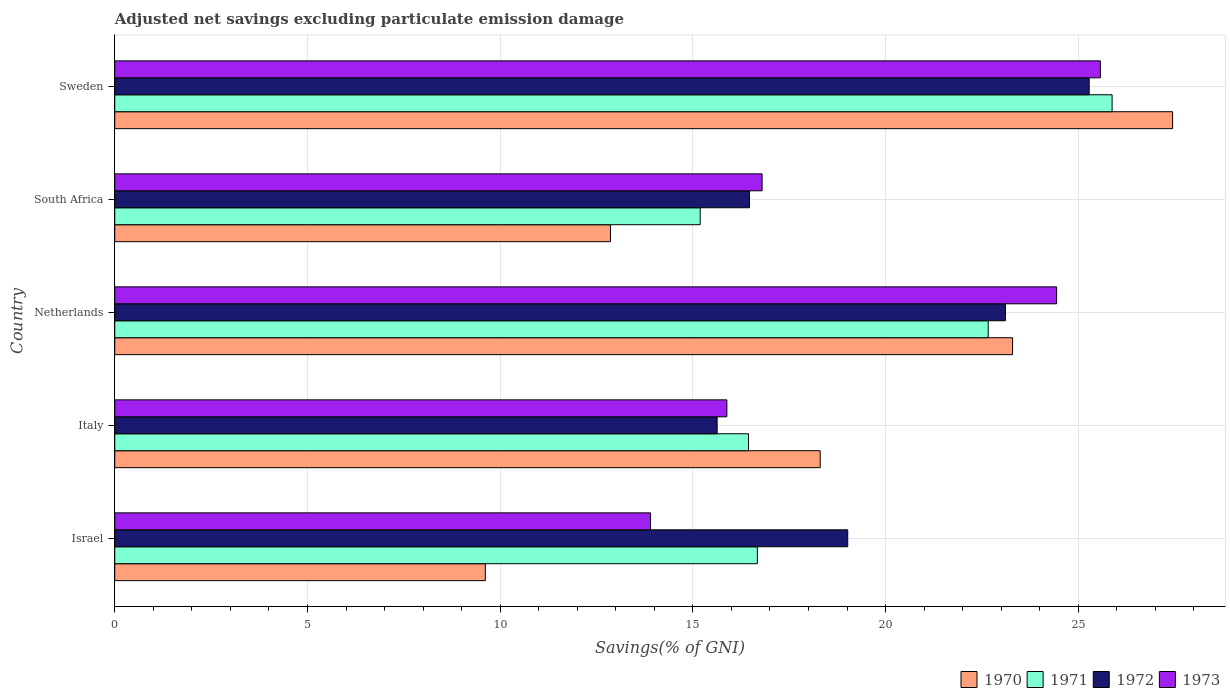
| Country | 1970 | 1971 | 1972 | 1973 |
 | --- | --- | --- | --- | --- |
 | Israel | 9.61 | 16.7 | 19 | 13.9 |
 | Italy | 18.3 | 16.4 | 15.6 | 15.9 |
 | Netherlands | 23.3 | 22.7 | 23.1 | 24.4 |
 | South Africa | 12.9 | 15.2 | 16.5 | 16.8 |
 | Sweden | 27.4 | 25.9 | 25.3 | 25.6 |